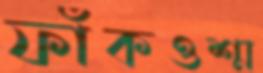
ফাঁকওশ্ম